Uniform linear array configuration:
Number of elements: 32
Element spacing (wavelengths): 0.5
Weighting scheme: hann
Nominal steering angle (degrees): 45
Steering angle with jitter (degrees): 43.476
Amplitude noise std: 0.05
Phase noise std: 0.05

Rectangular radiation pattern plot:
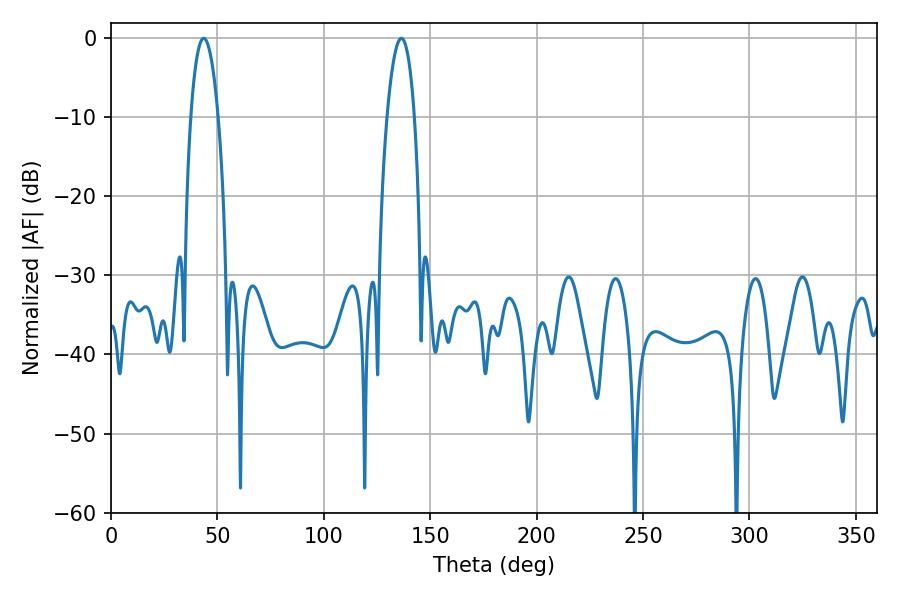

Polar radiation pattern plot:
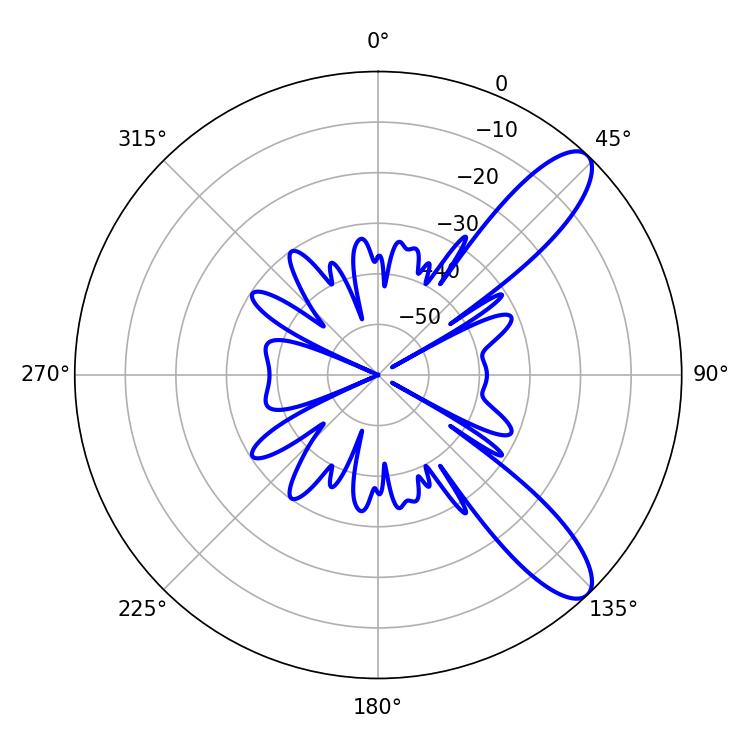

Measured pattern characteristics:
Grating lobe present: FALSE
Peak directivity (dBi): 10.344
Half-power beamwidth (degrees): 7.2
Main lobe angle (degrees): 43.56